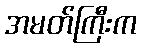
အမတ်ကြီးက